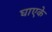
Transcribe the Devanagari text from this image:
घाएके